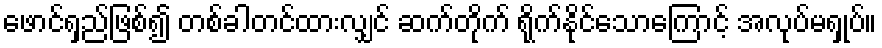
ဖောင်ရှည်ဖြစ်၍ တစ်ခါတင်ထားလျှင် ဆက်တိုက် ရိုက်နိုင်သောကြောင့် အလုပ်မရှုပ်။